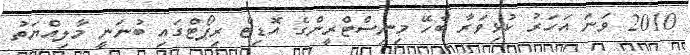
2010 ވަނަ އަހަރު ކުޅިވަރާ ބެހޭ މިނިސްޓްރީންގެ އޮޑިޓް ރިޕޯޓްގައި ބުނަނީ މާލިއްޔަތު